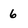
Character: 6